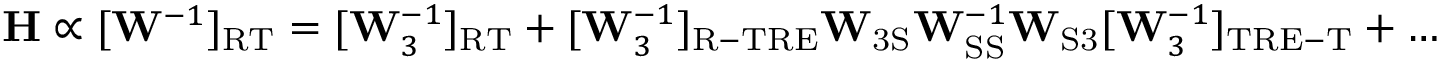
\mathbf { H } \propto [ \mathbf { W } ^ { - 1 } ] _ { \mathrm { R T } } = [ \mathbf { W } _ { 3 } ^ { - 1 } ] _ { \mathrm { R T } } + [ \mathbf { W } _ { 3 } ^ { - 1 } ] _ { \mathrm { R - T R E } } \mathbf { W } _ { \mathrm { 3 S } } \mathbf { W } _ { \mathrm { S S } } ^ { - 1 } \mathbf { W } _ { \mathrm { S 3 } } [ \mathbf { W } _ { 3 } ^ { - 1 } ] _ { \mathrm { T R E - T } } + \dots